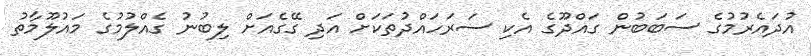
އުދައެރުމުގެ ސަބަބުން ގައްދޫގެ އެކި ސަރަހައްދުތަކަށް އަދި ގޭގެއަށް ލިބުނު ގެއްލުމުގެ މައުލޫމާތު